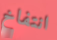
انتفاخ